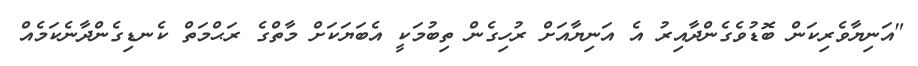
"އަނިޔާވެރިކަން ބޮޑުވެގެންދާއިރު އެ އަނިޔާއަށް ރުހިގެން ތިބުމަކީ އެބަޔަކަށް މާތްގެ ރަޙްމަތް ކެނޑިގެންދާނެކަމެއް